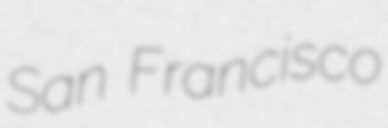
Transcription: San Francisco